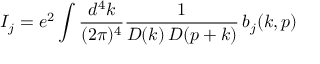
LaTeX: I _ { j } = e ^ { 2 } \int { \frac { d ^ { 4 } k } { ( 2 \pi ) ^ { 4 } } } { \frac { 1 } { D ( k ) \, D ( p + k ) } } \, b _ { j } ( k , p )